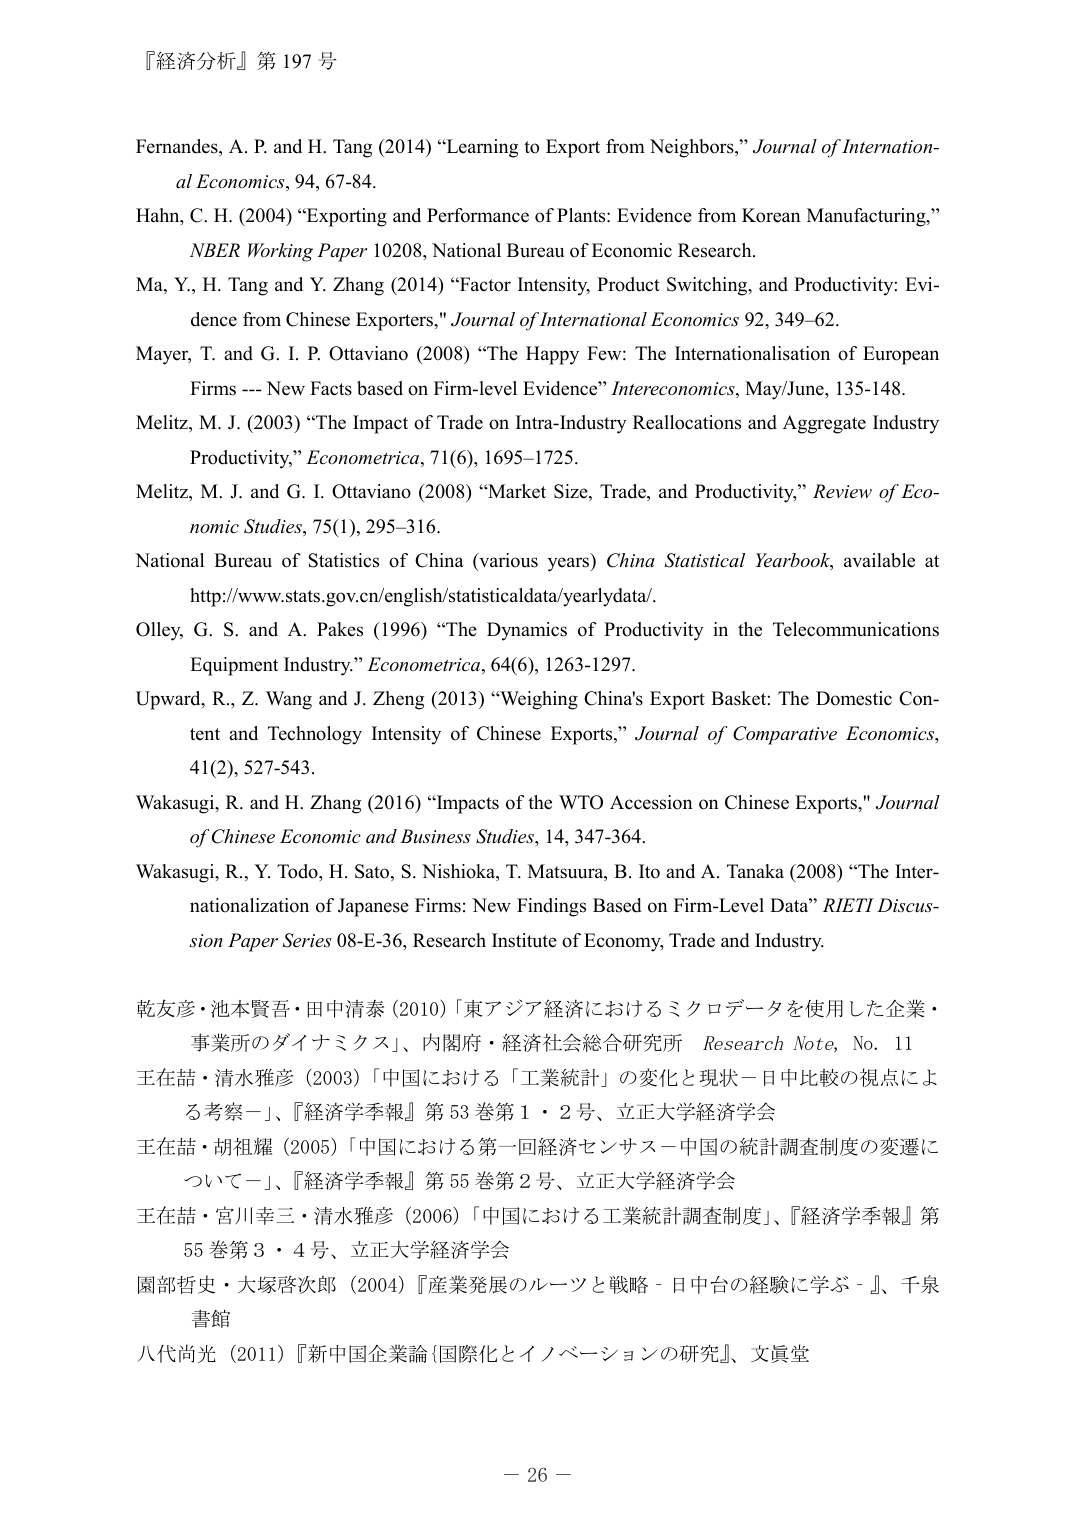
『経済分析』第 197 号

Fernandes, A. P. and H. Tang (2014) “Learning to Export from Neighbors,” Journal of International Economics, 94, 67-84.

Hahn, C. H. (2004) “Exporting and Performance of Plants: Evidence from Korean Manufacturing,” NBER Working Paper 10208, National Bureau of Economic Research.

Ma, Y., H. Tang and Y. Zhang (2014) “Factor Intensity, Product Switching, and Productivity: Evidence from Chinese Exporters,” Journal of International Economics 92, 349–62.

Mayer, T. and G. I. P. Ottaviano (2008) “The Happy Few: The Internationalisation of European Firms --- New Facts based on Firm-level Evidence” Intereconomics, May/June, 135-148.

Melitz, M. J. (2003) “The Impact of Trade on Intra-Industry Reallocations and Aggregate Industry Productivity,” Econometrica, 71(6), 1695–1725.

Melitz, M. J. and G. I. Ottaviano (2008) “Market Size, Trade, and Productivity,” Review of Economic Studies, 75(1), 295–316.

National Bureau of Statistics of China (various years) China Statistical Yearbook, available at http://www.stats.gov.cn/english/statisticaldata/yearlydata/.

Olley, G. S. and A. Pakes (1996) “The Dynamics of Productivity in the Telecommunications Equipment Industry.” Econometrica, 64(6), 1263-1297.

Upward, R., Z. Wang and J. Zheng (2013) “Weighing China’s Export Basket: The Domestic Content and Technology Intensity of Chinese Exports,” Journal of Comparative Economics, 41(2), 527-543.

Wakasugi, R. and H. Zhang (2016) “Impacts of the WTO Accession on Chinese Exports,” Journal of Chinese Economic and Business Studies, 14, 347-364.

Wakasugi, R., Y. Todo, H. Sato, S. Nishioka, T. Matsuura, B. Ito and A. Tanaka (2008) “The Internationalization of Japanese Firms: New Findings Based on Firm-Level Data” RIETI Discussion Paper Series 08-E-36, Research Institute of Economy, Trade and Industry.

乾友彦・池本賢吾・田中清泰 (2010) 「東アジア経済におけるミクロデータを使用した企業・事業所のダイナミクス」、内閣府・経済社会総合研究所 Research Note, No. 11

王在喆・清水雅彦 (2003) 「中国における「工業統計」の変化と現状－日中比較の視点による考察－」、『経済学季報』第 53 巻第 1・2 号、立正大学経済学会

王在喆・胡祖耀 (2005) 「中国における第一回経済センサス－中国の統計調査制度の変遷について－」、『経済学季報』第 55 巻第 2 号、立正大学経済学会

王在喆・宮川幸三・清水雅彦 (2006) 「中国における工業統計調査制度」、『経済学季報』第 55 巻第 3・4 号、立正大学経済学会

園部哲史・大塚啓次郎 (2004) 『産業発展のルーツと戦略－日中台の経験に学ぶ－』、千泉書館

八代尚光 (2011) 『新中国企業論｛国際化とイノベーションの研究｝』、文眞堂

－ 26 －